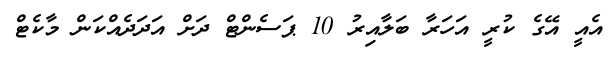
އެއީ އޭގެ ކުރީ އަހަރާ ބަލާއިރު 10 ޕަސެންޓް ދަށް އަދަދެއްކަން މާކެޓް